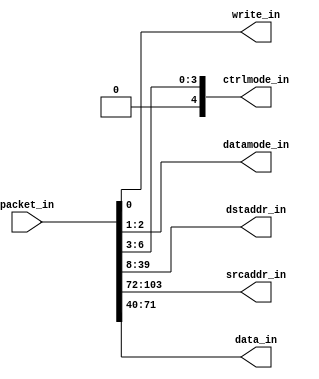
//#############################################################################
//# Function: Maps Packet to Emesh Signals                                    #
//#############################################################################
//# Author:   Andreas Olofsson                                                #
//# License:  MIT (see LICENSE file in OH! repository)                        # 
//#############################################################################
module packet2emesh #(parameter AW = 32,   // address width 
		      parameter PW = 104)  // packet width
   (
    //Input packet
    input [PW-1:0]  packet_in,
    //Emesh signal bundle 
    output 	    write_in,   // write signal
    output [1:0]    datamode_in,// datasize
    output [4:0]    ctrlmode_in,// ctrlmode
    output [AW-1:0] dstaddr_in, // read/write address
    output [AW-1:0] srcaddr_in, // return address for reads
    output [AW-1:0] data_in // data
    );
      
   // ---- FORMAT -----
   //
   // [0]  =write bit
   // [2:1]=datamode
   // [7:3]=ctrlmode
   // [39:8]=dstaddr(lo)
   //
   // ---- 32-BIT ADDRESS ----
   // [71:40]   data (lo)   | xxxx
   // [103:72]  srcaddr(lo) | data (hi)
   //
   // ---- 64-BIT ADDRESS ----
   // [71:40]   D0 | srcaddr(hi)
   // [103:72]  D1 | srcaddr(lo)
   // [135:104] dstaddr(hi)
   
   generate
      if(PW==104)
	begin : p104
	   assign write_in           = packet_in[0];   
	   assign datamode_in[1:0]   = packet_in[2:1];   
	   assign ctrlmode_in[4:0]   = {1'b0,packet_in[6:3]};   
	   assign dstaddr_in[31:0]   = packet_in[39:8]; 	 
	   assign srcaddr_in[31:0]   = packet_in[103:72];  
	   assign data_in[31:0]      = packet_in[71:40]; 
	end
      else if(PW==136)
	begin : p136
	   assign write_in           = packet_in[0];
	   assign datamode_in[1:0]   = packet_in[2:1];  
	   assign ctrlmode_in[4:0]   = packet_in[7:3];
	   assign dstaddr_in[63:0]   = {packet_in[135:104],packet_in[39:8]}; 
	   assign srcaddr_in[63:0]   = {packet_in[71:40],packet_in[135:72]};
	   assign data_in[63:0]      = packet_in[103:40];
	end
      else if(PW==72)
	begin : p72
	   assign write_in           = packet_in[0];
	   assign datamode_in[1:0]   = packet_in[2:1];  
	   assign ctrlmode_in[4:0]   = packet_in[7:3];
	   assign dstaddr_in[31:0]   = packet_in[39:8]; 
	   assign data_in[31:0]      = packet_in[71:40];
	end
      else if(PW==40)
	begin : p40
	   assign write_in           = packet_in[0];
	   assign datamode_in[1:0]   = packet_in[2:1];  
	   assign ctrlmode_in[4:0]   = packet_in[7:3];
	   assign dstaddr_in[15:0]   = packet_in[23:8]; 
	   assign data_in[15:0]      = packet_in[39:24];
	end
      else
	begin : unknown
`ifdef TARGET_SIM
	   initial
	     $display ("packet width=%ds not supported",  PW);
`endif
	end
   endgenerate
   
endmodule // packet2emesh